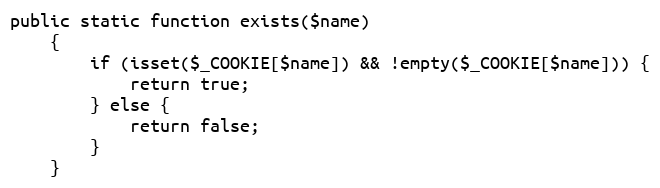
Language: PHP
public static function exists($name)
    {
        if (isset($_COOKIE[$name]) && !empty($_COOKIE[$name])) {
            return true;
        } else {
            return false;
        }
    }